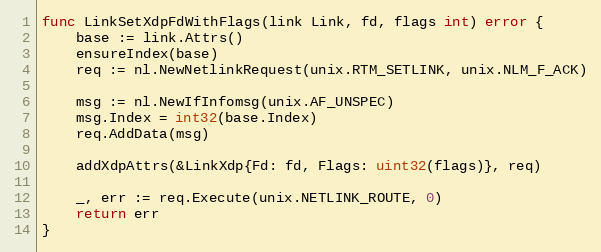
Language: Go
func LinkSetXdpFdWithFlags(link Link, fd, flags int) error {
	base := link.Attrs()
	ensureIndex(base)
	req := nl.NewNetlinkRequest(unix.RTM_SETLINK, unix.NLM_F_ACK)

	msg := nl.NewIfInfomsg(unix.AF_UNSPEC)
	msg.Index = int32(base.Index)
	req.AddData(msg)

	addXdpAttrs(&LinkXdp{Fd: fd, Flags: uint32(flags)}, req)

	_, err := req.Execute(unix.NETLINK_ROUTE, 0)
	return err
}